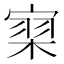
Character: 𰍗